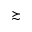
\succsim